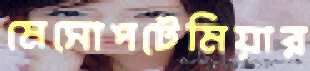
মেসোপটেমিয়ার